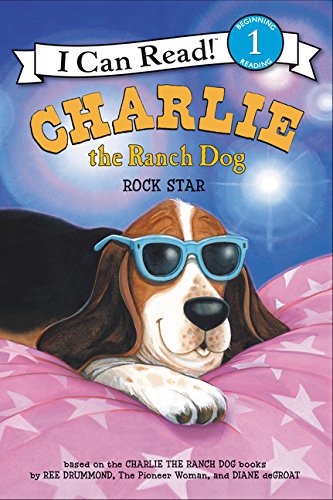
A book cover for Charlie the Ranch Dog: Rock Star (I Can Read Level 1); Ree Drummond; Children's Books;